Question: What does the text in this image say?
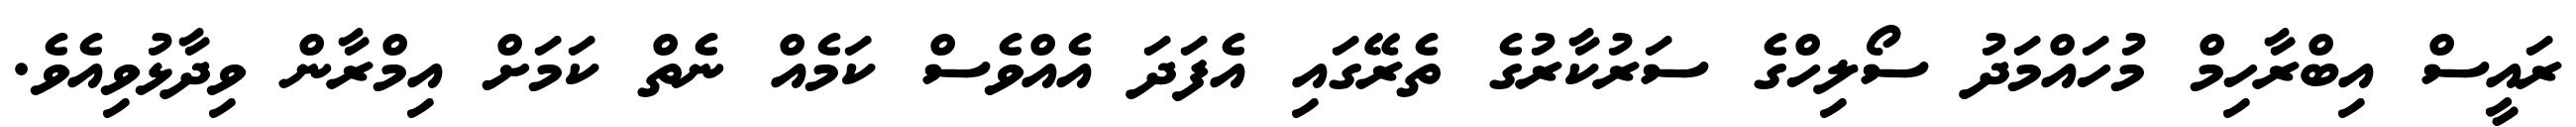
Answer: ރައީސް އިބްރާހިމް މުހައްމަދު ސޯލިހްގެ ސަރުކާރުގެ ތެރޭގައި އެފަދަ އެއްވެސް ކަމެއް ނެތް ކަމަށް އިމްރާން ވިދާޅުވިއެވެ.